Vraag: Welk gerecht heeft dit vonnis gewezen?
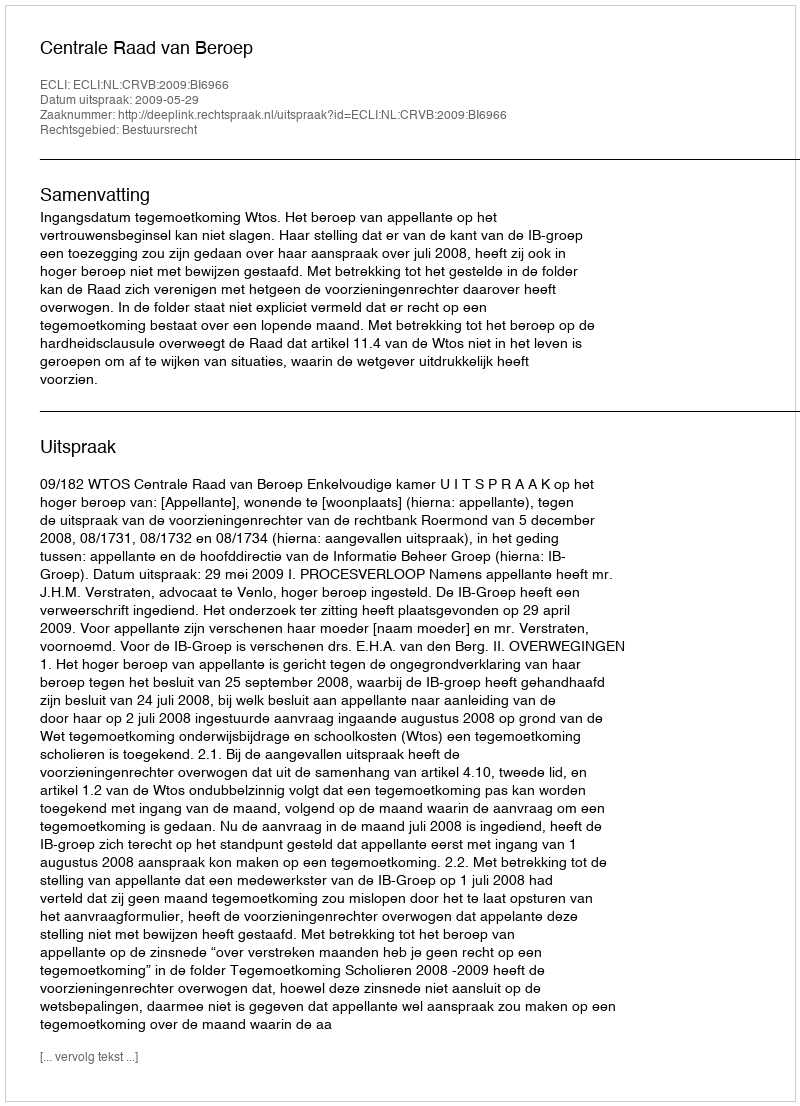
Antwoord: Centrale Raad van Beroep